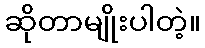
ဆိုတာမျိုးပါတဲ့။